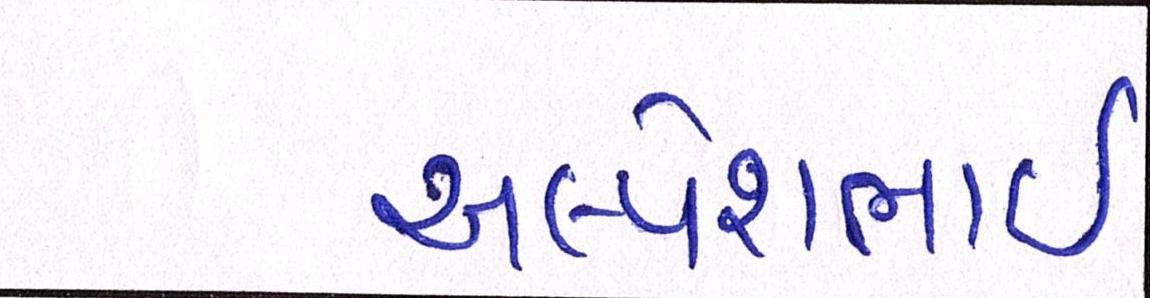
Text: અલ્પેશભાઇ